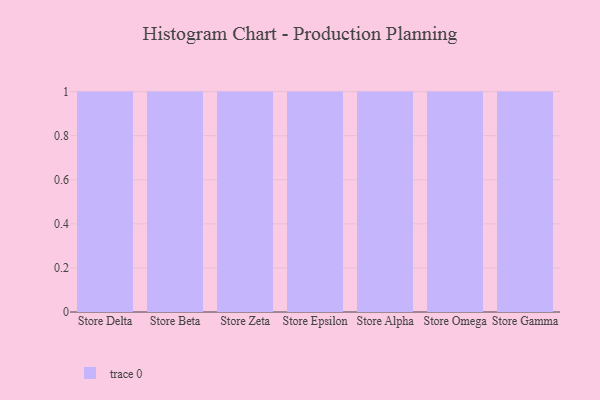
{"axis": {"x": "Store", "y": "Energy Usage (MWh)"}, "legend": [""], "data": [{"x": "Store Delta", "y": 58, "type": ""}, {"x": "Store Beta", "y": 30, "type": ""}, {"x": "Store Zeta", "y": 79, "type": ""}, {"x": "Store Epsilon", "y": 98, "type": ""}, {"x": "Store Alpha", "y": 91, "type": ""}, {"x": "Store Omega", "y": 15, "type": ""}, {"x": "Store Gamma", "y": 64, "type": ""}]}